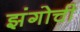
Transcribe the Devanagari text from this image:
झंगोची